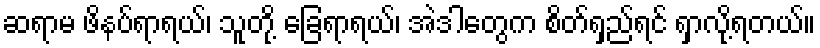
ဆရာမ ဖိနပ်ရာရယ်၊ သူတို့ ခြေရာရယ်၊ အဲဒါတွေက စိတ်ရှည်ရင် ရှာလို့ရတယ်။